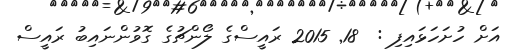
އަށް ހުށަހަޅައިފި :  18